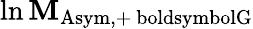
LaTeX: \ln\mathbf{M}_{\mathrm{{Asym,+\ boldsymbol{G}}}}